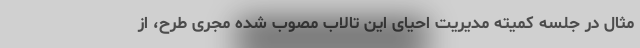
مثال در جلسه‌ کمیته‌ مدیریت احیای این تالاب مصوب شده مجری طرح، از